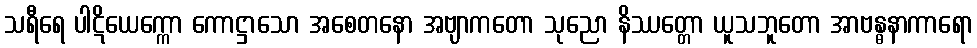
သရီရေ ပါဋိယေက္ကော ကောဋ္ဌာသော အစေတနော အဗျာကတော သုညော နိဿတ္တော ယူသဘူတော အာဗန္ဓနာကာရော